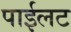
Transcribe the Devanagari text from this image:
पाईलट